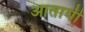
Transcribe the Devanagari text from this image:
आतायी